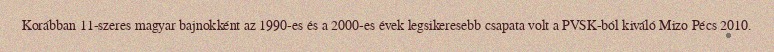
Korábban 11-szeres magyar bajnokként az 1990-es és a 2000-es évek legsikeresebb csapata volt a PVSK-ból kiváló Mizo Pécs 2010.